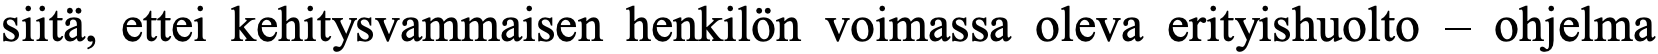
siitä, ettei kehitysvammaisen henkilön voimassa oleva erityishuolto – ohjelma